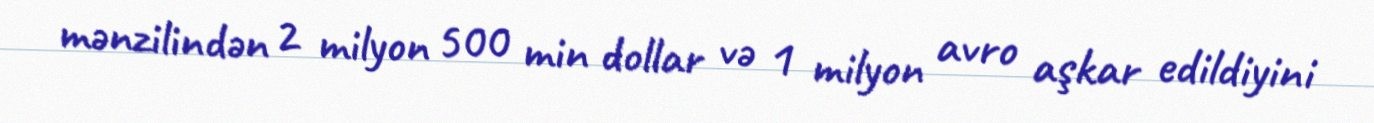
mənzilindən 2 milyon 500 min dollar və 1 milyon avro aşkar edildiyini